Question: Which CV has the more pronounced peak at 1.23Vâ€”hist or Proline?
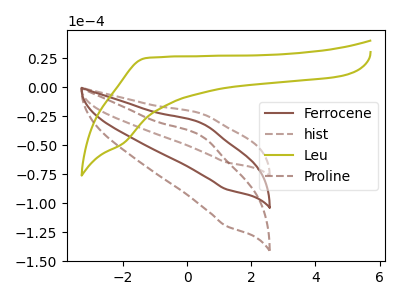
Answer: <think>The brown curve "Ferrocene" has an anodic peak at (0.45V, -31.15uA) and a cathodic peak at (1.25V, -87.95uA). The brown dashed curve "hist" has an anodic peak at (0.45V, -22.85uA) and a cathodic peak at (1.25V, -64.60uA). The olive curve "Leu" has no peaks. The brown dashed curve "Proline" has an anodic peak at (0.45V, -62.30uA) and a cathodic peak at (1.25V, -175.90uA).</think>
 <answer>The peak at 1.23V is lower in "hist" than in "Proline".</answer>
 <eval>lower</eval>